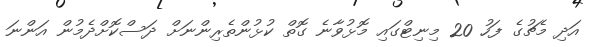
އަދި މެޗުގެ ފަހު 20 މިނިޓްގައި މޮޅުވާނެ ގޮތް ކުޅުންތެރިންނަށް ދަސްކޮށްދެމުން އަންނަ